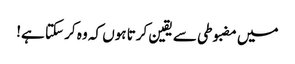
میں مضبوطی سے یقین کرتا ہوں کہ وہ کر سکتا ہے!